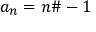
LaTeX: a _ { n } = n \# - 1